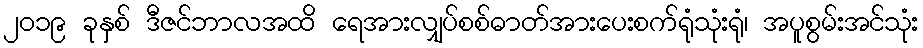
၂၀၁၉ ခုနှစ် ဒီဇင်ဘာလအထိ ရေအားလျှပ်စစ်ဓာတ်အားပေးစက်ရုံသုံးရုံ၊ အပူစွမ်းအင်သုံး